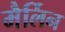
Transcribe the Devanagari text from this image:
मैर्लिन